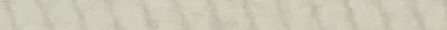
تصفح الإنترنت بسرعة فائقة